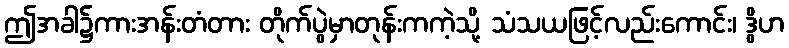
ဤအခါ၌ကားအန်းတံတား တိုက်ပွဲမှာတုန်းကကဲ့သို့ သံသယဖြင့်လည်းကောင်း၊ ဒွိဟ